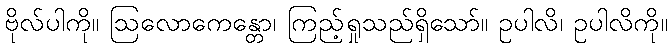
ဗိုလ်ပါကို။ ဩလောကေန္တော၊ ကြည့်ရှုသည်ရှိသော်။ ဥပါလိ၊ ဥပါလိကို။